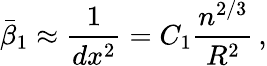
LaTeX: \bar{\beta}_{1}\approx\frac{1}{dx^{2}}=C_{1}\frac{n^{2/3}}{R^{2}}\, ,